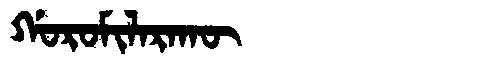
Manchu: ᡤᠣᡵᠣᠮᡳᠯᠠᡵᠠᡴᡡ
Romanization: GOROMILARAKŪ